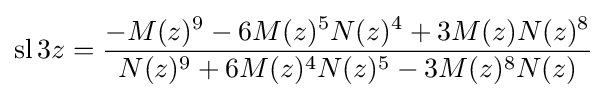
\operatorname {sl} 3z={\frac {-M(z)^{9}-6M(z)^{5}N(z)^{4}+3M(z)N(z)^{8}}{N(z)^{9}+6M(z)^{4}N(z)^{5}-3M(z)^{8}N(z)}}